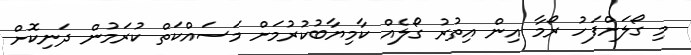
މި ގޯލަށްފަހު ރޯމާ އިން އިތުރު ގޯލެއް ކާމިޔާބުކުރުމަށް މަސައްކަތް ކުރަމުން ދަނިކޮށް